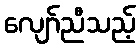
လျော်ညီသည့်